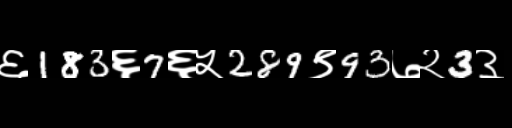
Text: ६183६7६५289९93७२3३